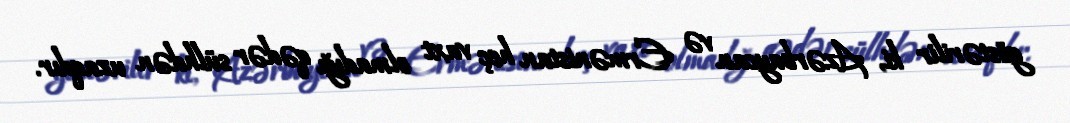
göstərilir ki, Azərbaycan və Ermənistan heç vaxt olmadığı qədər sülhdən uzaqdır.